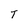
Character: T